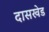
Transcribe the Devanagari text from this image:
दासखेड